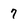
Character: 7